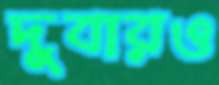
দুবারও